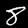
Digit: 8